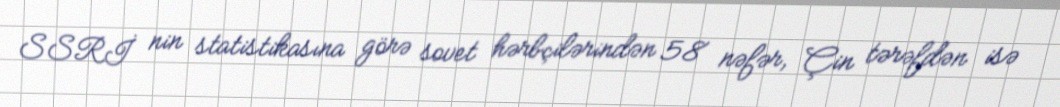
SSRİ nin statistikasına görə sovet hərbçilərindən 58 nəfər, Çin tərəfdən isə